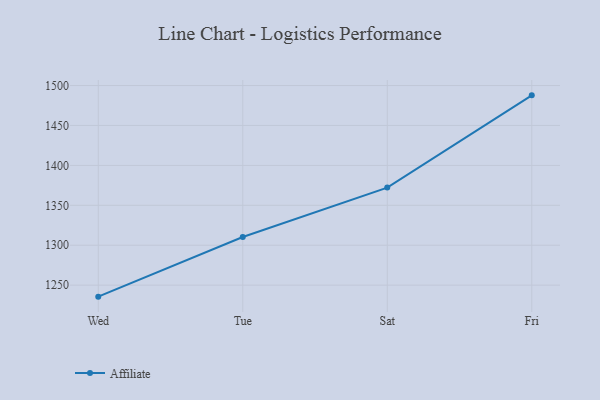
{"axis": {"x": "Day", "y": "Population (Million)"}, "legend": ["Affiliate"], "data": [{"x": "Wed", "y": 1235.6, "type": "Affiliate"}, {"x": "Tue", "y": 1310.3, "type": "Affiliate"}, {"x": "Sat", "y": 1372.2, "type": "Affiliate"}, {"x": "Fri", "y": 1487.7, "type": "Affiliate"}]}